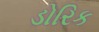
ડોરિક